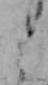
ミ